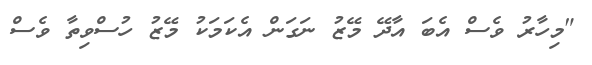
"މިހާރު ވެސް އެބަ އާދޭ މޭޒު ނަގަން އެކަމަކު މޭޒު ހުސްވިތާ ވެސް